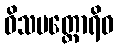
ဝိသပတ္တောရိဝ